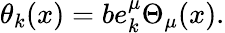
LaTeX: \theta_{k}(x)=be_{k}^{\mu}\Theta_{\mu}(x).